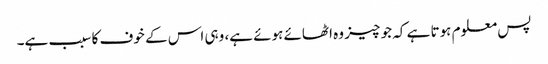
پس معلوم ہوتا ہے کہ جو چیز وہ اٹھائے ہوئے ہے، وہی اس کے خوف کا سبب ہے۔